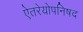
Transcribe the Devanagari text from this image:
ऐतरेयोपनिषद